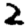
Digit: 2